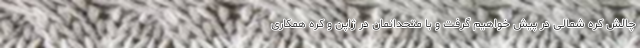
چالش کره شمالی در پیش خواهیم گرفت و با متحدانمان در ژاپن و کره همکاری